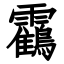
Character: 靍